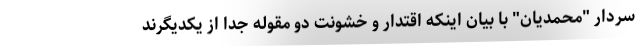
سردار "محمدیان" با بیان اینکه اقتدار و خشونت دو مقوله جدا از یکدیگرند